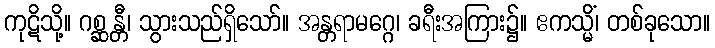
ကုဋိသို့။ ဂစ္ဆန္တီ၊ သွားသည်ရှိသော်။ အန္တရာမဂ္ဂေ၊ ခရီးအကြား၌။ ဧကသ္မိံ၊ တစ်ခုသော။